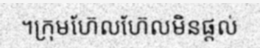
។ក្រុមហ៊ែលហ៊ែលមិនផ្តល់